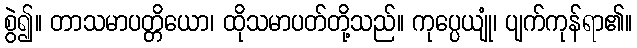
စွဲ၍။ တာသမာပတ္တိယော၊ ထိုသမာပတ်တို့သည်။ ကုပ္ပေယျုံ၊ ပျက်ကုန်ရာ၏။